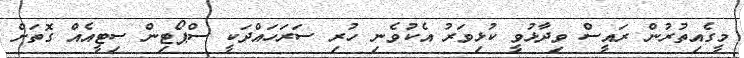
މީގެއިތުރުން ރައީސް ވިދާޅުވީ ކުޅިވަރު އެކުވެނި ހުރި ސަރަހައްދަކީ ސްޕޯޓިން ސިޓީއެއް ގޮތަށް